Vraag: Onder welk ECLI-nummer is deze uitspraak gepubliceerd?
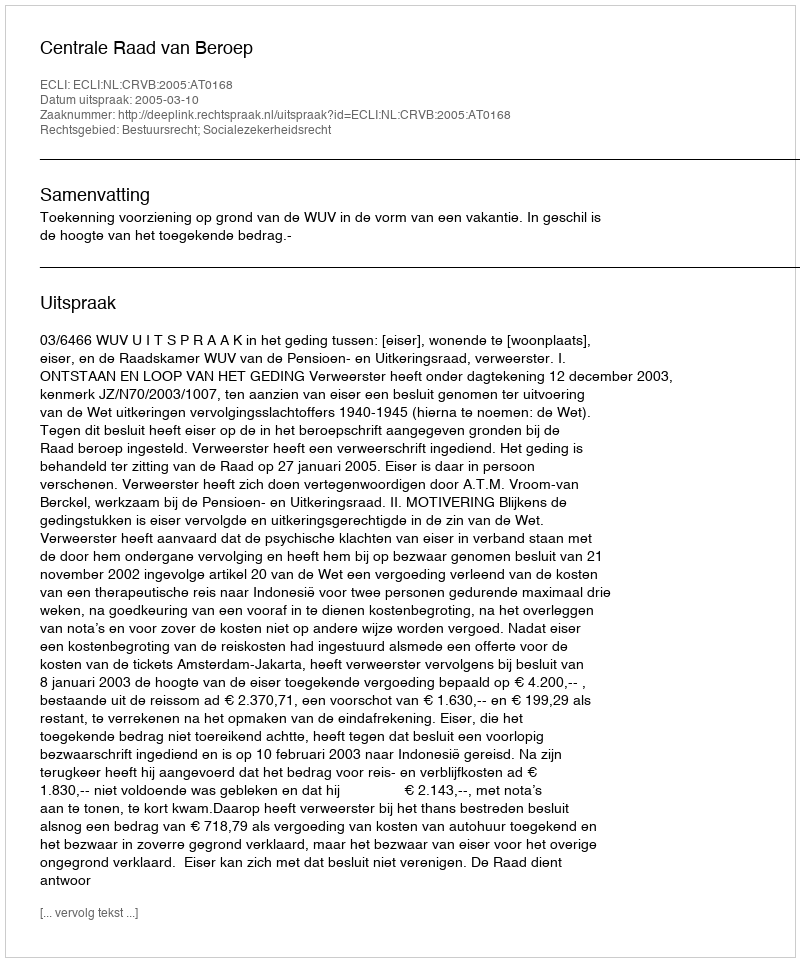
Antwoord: ECLI:NL:CRVB:2005:AT0168